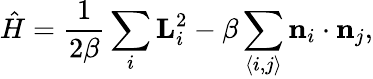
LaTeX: \hat{H}=\frac{1}{2\beta}\sum_{i}\textbf{L}_{i}^{2}-\beta\sum_{\langle i,j\rangle}\textbf{n}_{i}\cdot\textbf{n}_{j},